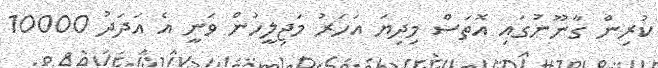
ކުރިން ގާނޫނުގައި އޮތަސް މިދިޔަ އަހަރު މަޖިލީހުން ވަނީ އެ އަދަދު 10000